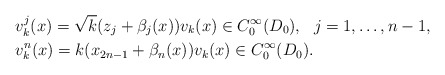
\begin{align*}&v^j_k(x)=\sqrt{k}(z_j+\beta_j(x))v_k(x)\in C^\infty_0(D_0),\ \ j=1,\ldots,n-1,\\&v^n_k(x)=k(x_{2n-1}+\beta_n(x))v_k(x)\in C^\infty_0(D_0).\end{align*}